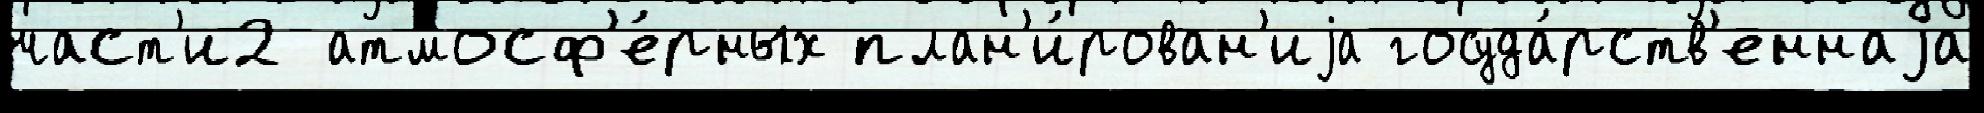
част'и2 атмосф'е́рных план'и́рован'иjа госуда́рств'еннаjа